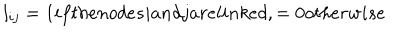
l _ { i j } = 1 i f t h e n o d e s i a n d j a r e l i n k e d , = 0 o t h e r w i s e